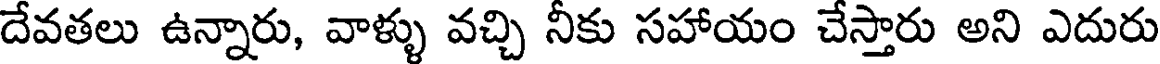
దేవతలు ఉన్నారు, వాళ్ళు వచ్చి నీకు సహాయం చేస్తారు అని ఎదురు